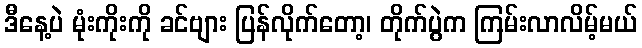
ဒီနေ့ပဲ မုံးကိုးကို ခင်ဗျား ပြန်လိုက်တော့၊ တိုက်ပွဲက ကြမ်းလာလိမ့်မယ်